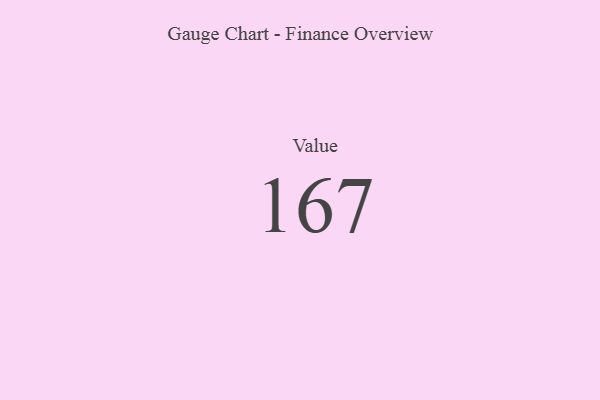
{"axis": {"x": "Metric", "y": "Value"}, "legend": [""], "data": [{"x": "Value", "y": 167, "type": ""}]}